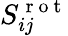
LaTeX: S_{ij}^{\mathrm{~r~o~t~}}